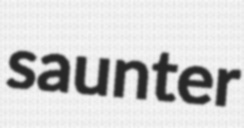
saunter